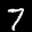
Label: 7